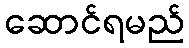
ဆောင်ရမည်